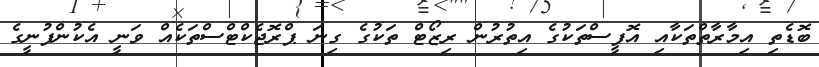
ބޮޑެތި އިމާރާތްތަކާއި އޮފީސްތަކުގެ އިތުރުން ރިޒޯޓް ތަކުގެ ގިނަ ޕްރޮޖެކްޓްސްތަކެއް ވަނީ އެކުންފުނީގެ